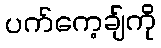
ပက်ကေ့ချ်ကို